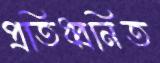
প্রতিধ্বনিত